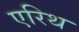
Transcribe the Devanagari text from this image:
एरिथ